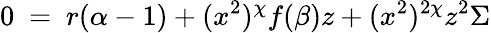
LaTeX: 0~=~r(\alpha-1)+(x^{2})^{\chi}f(\beta)z+(x^{2})^{2\chi}z^{2}\Sigma